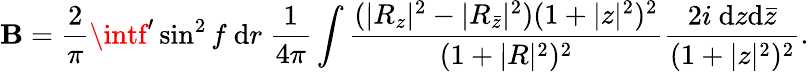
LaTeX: \mathbf{B}=\frac{{2}}{{\pi}}\intf^{\prime}\sin^{2}f~\mathrm{{d}}r~\frac{{1}}{{4\pi}}\int\frac{{(|R_{z}|^{2}-|R_{{\bar{{z}}}}|^{2})(1+|z|^{2})^{2}}}{{(1+|R|^{2})^{2}}}\frac{{2i~\mathrm{{d}}z\mathrm{{d}}{\bar{{z}}}}}{{(1+|z|^{2})^{2}}}.